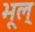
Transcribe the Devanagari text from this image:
भूल्